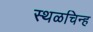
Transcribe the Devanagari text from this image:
स्थळचिन्ह